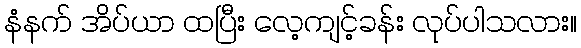
နံနက် အိပ်ယာ ထပြီး လေ့ကျင့်ခန်း လုပ်ပါသလား။